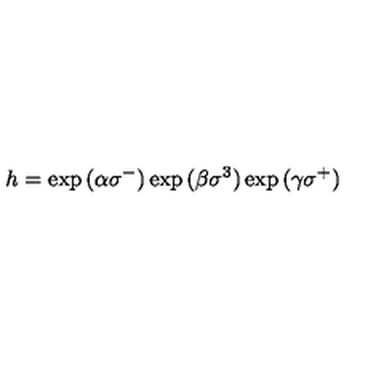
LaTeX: h = \exp { ( \alpha \sigma ^ { - } ) } \exp { ( \beta \sigma ^ { 3 } ) } \exp { ( \gamma \sigma ^ { + } ) }